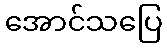
အောင်သပြေ